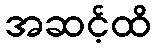
အဆင့်ထိ